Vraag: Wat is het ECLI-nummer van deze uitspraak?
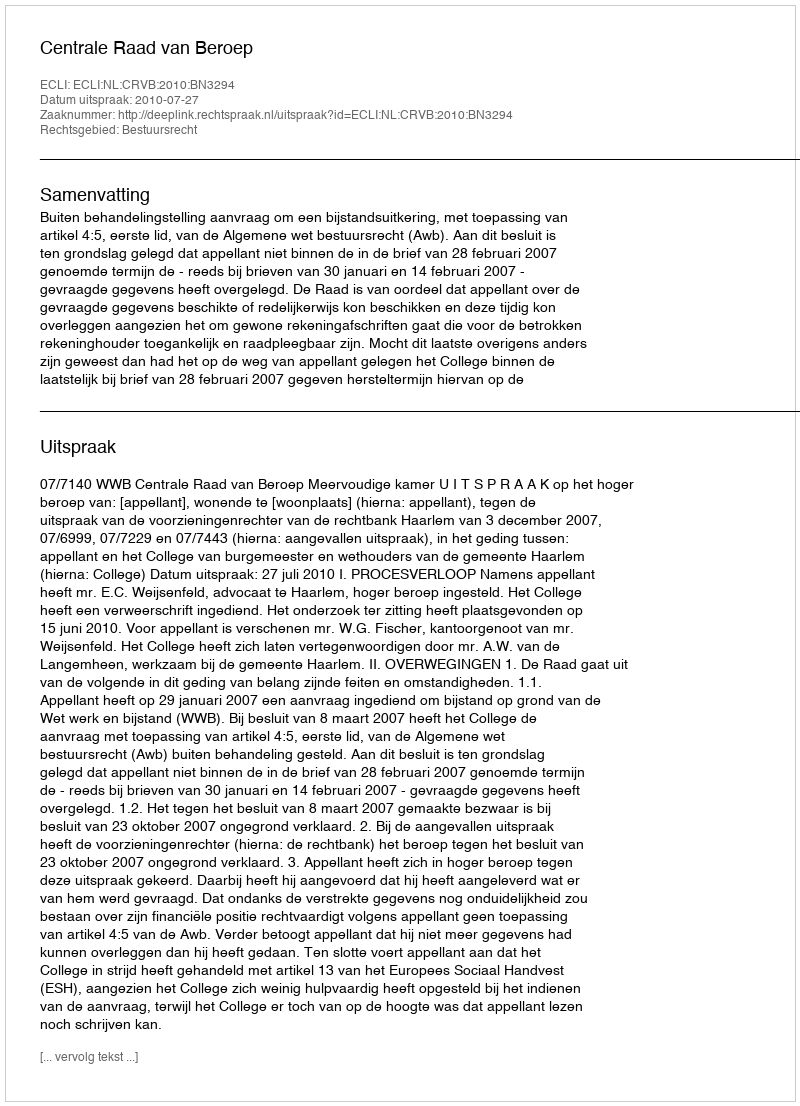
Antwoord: ECLI:NL:CRVB:2010:BN3294